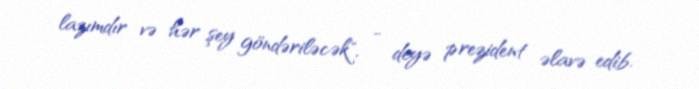
lazımdır və hər şey göndəriləcək", - deyə prezident əlavə edib.